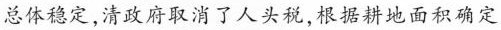
总体稳定，清政府取消了人头税，根据耕地面积确定税额，